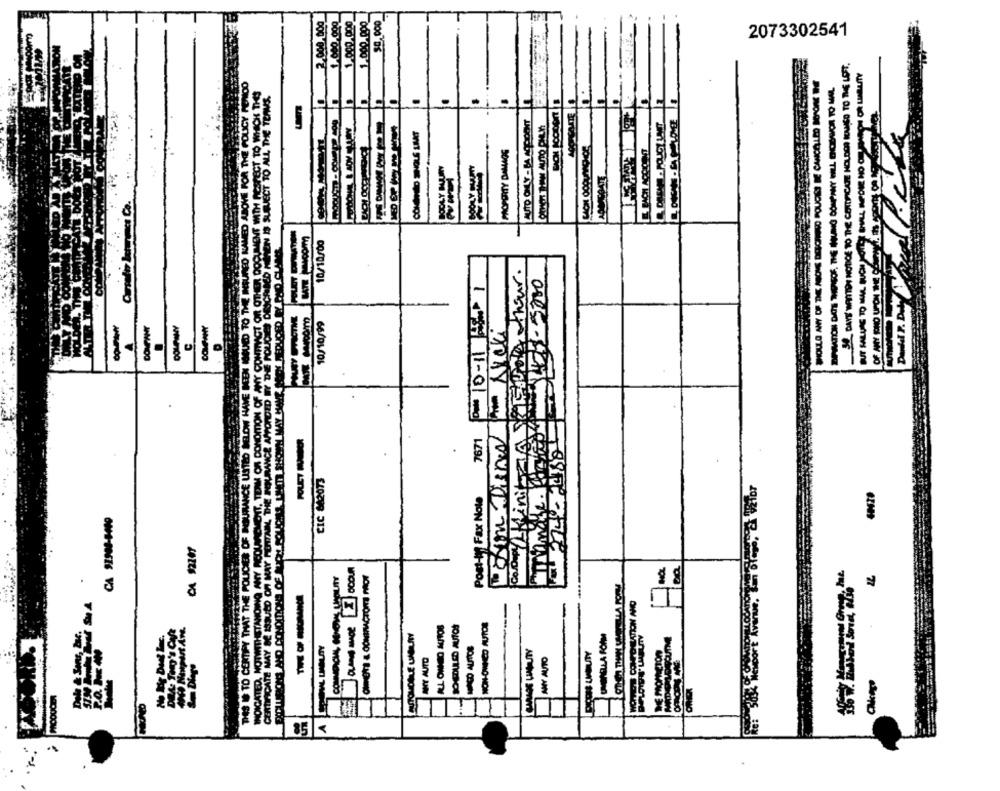
2.000,000
1.000.000
1.000.000
1.000.000
2073302541
MOCRICO MINEN IS SUBJECT TO ALL THE TEAMS.
BODILY HUURN
ce Co.
10/10,00
--
CERTIFICATE MAY BE ISSUED OF MAY PERTAIN, THE POURANCE AFFORDED BY THE POLICIES DESC
ON ww
.
1 1759 11-01 md
7671
CIC 842073
Post-it Fax Note
00
77
ANY AUTO
85